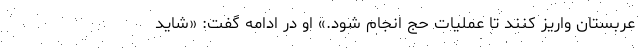
عربستان واریز کنند تا عملیات حج انجام شود.» او در ادامه گفت: «شاید